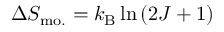
\Delta S _ { \mathrm { m o . } } = k _ { \mathrm { B } } \ln { ( 2 J + 1 ) }